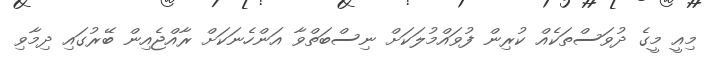
މިއީ މީގެ ދުވަސްތަކެއް ކުރިން ފުވައްމުލަކަށް ނިސްބަތްވާ އަންހެނަކަށް ރާއްޖެއިން ބޭރުގައި ދިމާވި